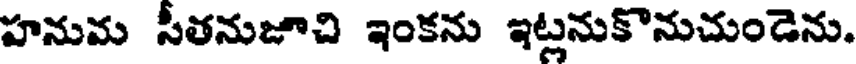
హనుమ సీతనుజూచి ఇంకను ఇట్లనుకొనుచుండెను.